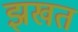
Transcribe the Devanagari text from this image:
झखत